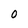
Character: 0